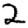
Digit: 2